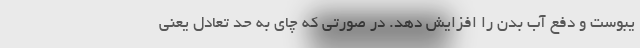
یبوست و دفع آب بدن را افزایش دهد. در صورتی که چای به حد تعادل یعنی